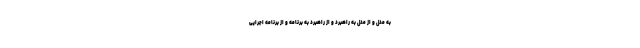
به مدل و از مدل به راهبرد و از راهبرد به برنامه و از برنامه اجرایی